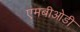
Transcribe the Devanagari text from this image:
एमबीओडी